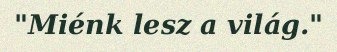
"Miénk lesz a világ."